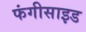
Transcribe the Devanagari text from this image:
फंगीसाइड